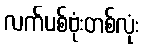
လက်ပစ်ဗုံးတစ်လုံး